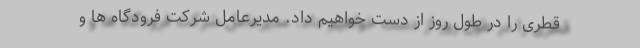
قطری را در طول روز از دست خواهیم داد. مدیرعامل شرکت فرودگاه ها و